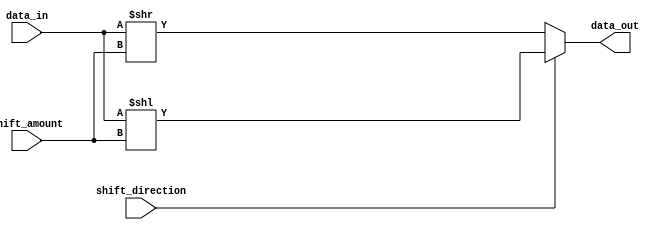
module barrel_shifter (
    input [7:0] data_in,
    input [2:0] shift_amount,
    input shift_direction,
    output [7:0] data_out
);

wire [7:0] shifted_data;

// Perform left shift
assign shifted_data = (shift_direction) ? (data_in << shift_amount) : (data_in >> shift_amount);

// Output the shifted data
assign data_out = shifted_data;

endmodule